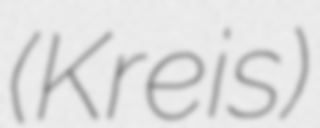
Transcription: (Kreis)